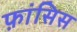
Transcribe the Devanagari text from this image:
फ़ांसिस